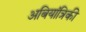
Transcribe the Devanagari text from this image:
अबियांत्रिकी